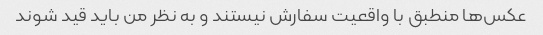
عکس‌ها منطبق با واقعیت سفارش نیستند و به نظر من باید قید شوند